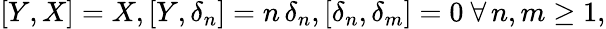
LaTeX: [Y,X]=X,[Y,\delta_{n}]=n\, \delta_{n},[\delta_{n},\delta_{m}]=0\ \forall\, n,m\geq 1,